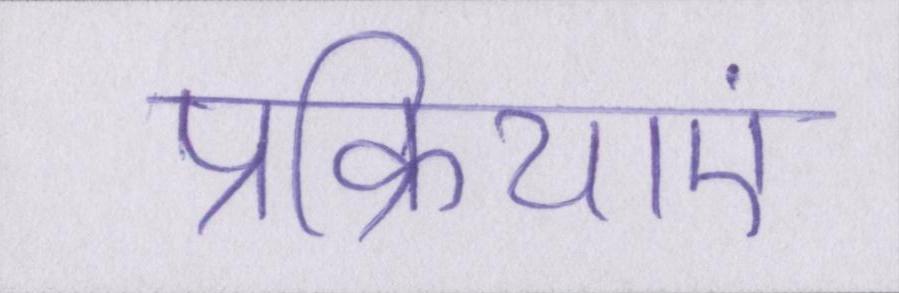
प्रक्रियाएं